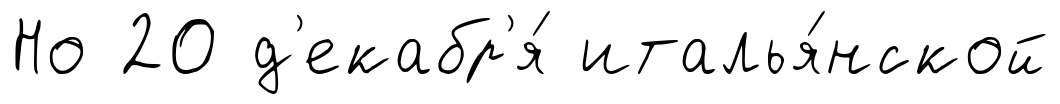
Но 20 д'екабр'я́ италья́нской